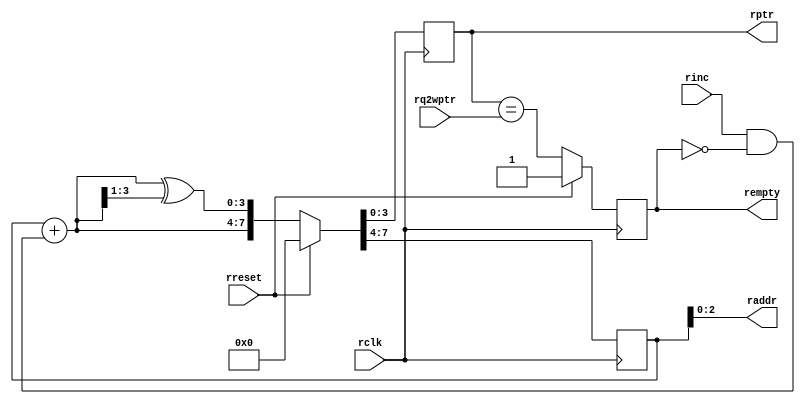
`timescale 1ns / 1ps
//////////////////////////////////////////////////////////////////////////////////
// Company: 
// Engineer: 
// 
// Design Name: 
// Module Name: rptr_empty
// Project Name: 
// Target Devices: 
// Tool Versions: 
// Description: 
//      Generates rptr using binary to gray conversion. binary addr is increamented
//      only if rinc signal is high and fifo is not empty.
//      Generates empty signal based on rptr and double-synchronized-writeptr
// Dependencies: 
// 
// Revision:
// Revision 0.01 - File Created
// Additional Comments:
// 
//////////////////////////////////////////////////////////////////////////////////
module rptr_empty #(parameter PTRWIDTH = 4) (
    // rptr generation
    rptr,
    rinc,
    rclk,
    rreset,
    raddr,  // to FIFOBuf
    // rempty generation
    rempty,
    rq2wptr    
);
    // signals for rptr generation
    output reg [PTRWIDTH-1:0] rptr;
    input rinc;
    input rclk;
    input rreset;
    output [PTRWIDTH-2:0] raddr;
    // signals for rempty generation
    output reg rempty;
    input [PTRWIDTH-1:0] rq2wptr;

    // Generating rptr
    wire [PTRWIDTH-1:0] bnext;
    wire [PTRWIDTH-1:0] gnext;
    reg  [PTRWIDTH-1:0] bin;
    
    assign bnext = bin + (rinc & ~rempty);
    assign gnext = bnext ^ (bnext >> 1);
    
    always @ (posedge rclk)
        if (rreset) {bin, rptr} <= 0;
        else        {bin, rptr} <= {bnext, gnext};

    assign raddr = bin[PTRWIDTH-2:0];

    // Generating empty flag
    wire rempty_val;
    assign rempty_val = (rptr == rq2wptr);
    
    always @ (posedge rclk)
        if (rreset) rempty <= 1'b1;
        else        rempty <= rempty_val;
    
endmodule